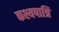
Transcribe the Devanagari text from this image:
कश्यपात्रि